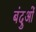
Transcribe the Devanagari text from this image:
बंदुओं